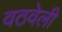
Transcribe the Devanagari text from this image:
वठवेली